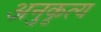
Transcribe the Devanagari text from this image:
अनुकृत्य